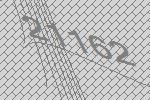
21162